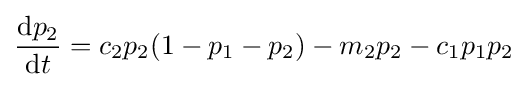
{\frac {{\text{d}}p_{2}}{{\text{d}}t}}=c_{2}p_{2}(1-p_{1}-p_{2})-m_{2}p_{2}-c_{1}p_{1}p_{2}